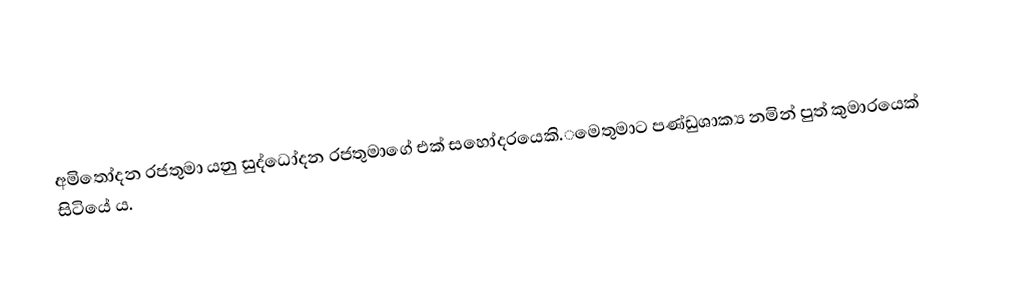
අමිතෝදන රජතුමා යනු සුද්ධෝදන රජ‌තුමාගේ එක් සහෝදරයෙකි.‌‌මෙතුමාට පණ්ඩුශාක්‍ය නමින් පුත් කුමාරයෙක් සිටියේ ය.